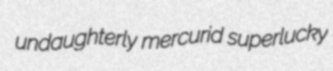
undaughterly mercurid superlucky